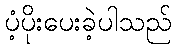
ပံ့ပိုးပေးခဲ့ပါသည်